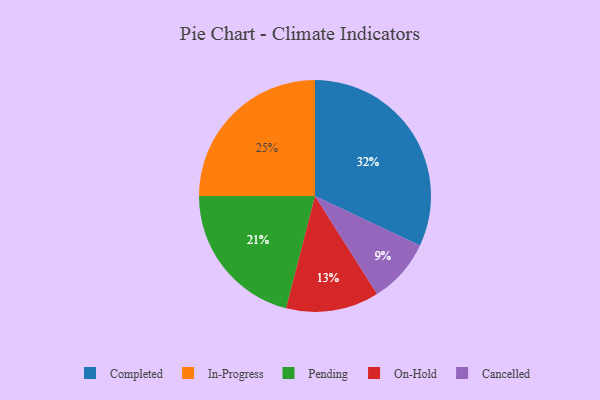
{"axis": {"x": "Category", "y": "Percentage"}, "legend": ["Cancelled", "Completed", "In-Progress", "On-Hold", "Pending"], "data": [{"x": "In-Progress", "y": 25, "type": "In-Progress"}, {"x": "On-Hold", "y": 13, "type": "On-Hold"}, {"x": "Pending", "y": 21, "type": "Pending"}, {"x": "Cancelled", "y": 9, "type": "Cancelled"}, {"x": "Completed", "y": 32, "type": "Completed"}]}